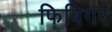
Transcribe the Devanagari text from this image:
फिबिगर